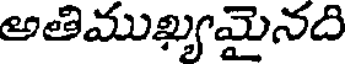
అతిముఖ్యమైనది